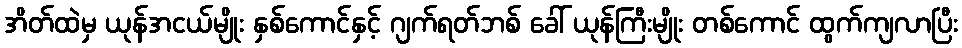
အိတ်ထဲမှ ယုန်အငယ်မျိုး နှစ်ကောင်နှင့် ဂျက်ရတ်ဘစ် ခေါ် ယုန်ကြီးမျိုး တစ်ကောင် ထွက်ကျလာပြီး